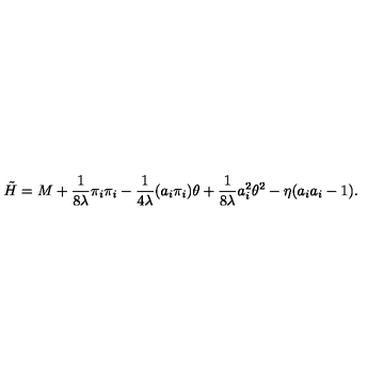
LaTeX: \tilde { H } = M + \frac { 1 } { 8 \lambda } \pi _ { i } \pi _ { i } - \frac { 1 } { 4 \lambda } ( a _ { i } \pi _ { i } ) \theta + \frac { 1 } { 8 \lambda } a _ { i } ^ { 2 } \theta ^ { 2 } - \eta ( a _ { i } a _ { i } - 1 ) .